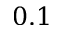
0 . 1